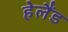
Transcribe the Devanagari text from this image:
हेलैंड